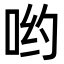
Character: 哟